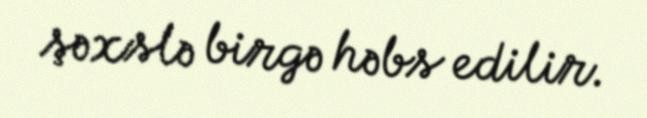
şəxslə birgə həbs edilir.